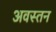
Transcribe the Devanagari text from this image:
अवस्तन